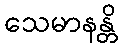
သေမာနန္တိ